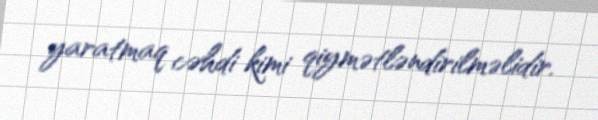
yaratmaq cəhdi kimi qiymətləndirilməlidir.